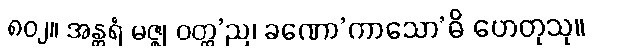
၈၀၂။ အန္တရံ မဇ္ဈ ဝတ္ထ’ည၊ ခဏော’ကာသော’ဓိ ဟေတုသု။